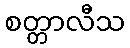
စတ္တာလီသ